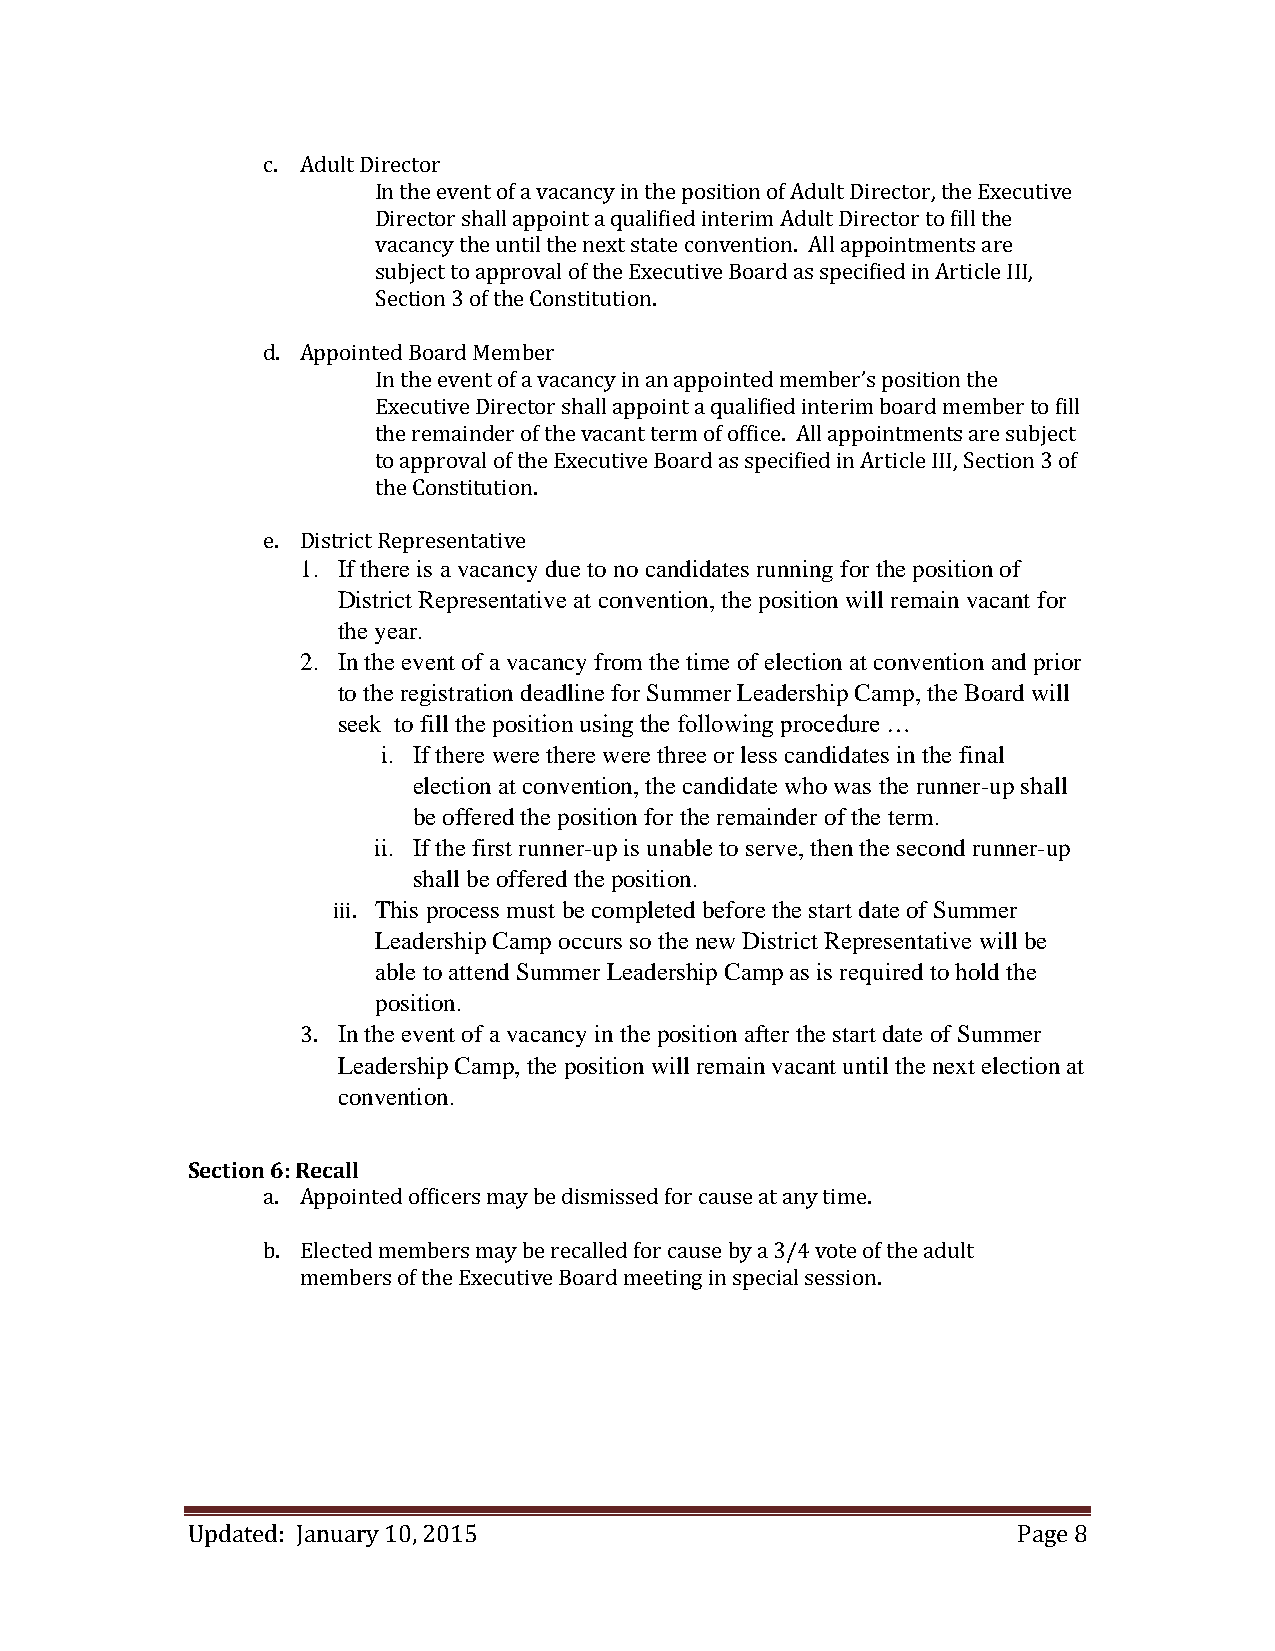
c. Adult Director
 In the event of a vacancy in the position of Adult Director, the Executive
 Director shall appoint a qualified interim Adult Director to fill the
 vacancy the until the next state convention. All appointments are
 subject to approval of the Executive Board as specified in Article III,
 Section 3 of the Constitution.
 d. Appointed Board Member
 In the event of a vacancy in an appointed member’s position the
 Executive Director shall appoint a qualified interim board member to fill
 the remainder of the vacant term of office. All appointments are subject
 to approval of the Executive Board as specified in Article III, Section 3 of
 the Constitution.
 e. District Representative
 1. If there is a vacancy due to no candidates running for the position of
 District Representative at convention, the position will remain vacant for
 the year.
 2. In the event of a vacancy from the time of election at convention and prior
 to the registration deadline for Summer Leadership Camp, the Board will
 seek to fill the position using the following procedure …
 i. If there were there were three or less candidates in the final
 election at convention, the candidate who was the runner-up shall
 be offered the position for the remainder of the term.
 ii. If the first runner-up is unable to serve, then the second runner-up
 shall be offered the position.
 iii. This process must be completed before the start date of Summer
 Leadership Camp occurs so the new District Representative will be
 able to attend Summer Leadership Camp as is required to hold the
 position.
 3. In the event of a vacancy in the position after the start date of Summer
 Leadership Camp, the position will remain vacant until the next election at
 convention.
 Section 6: Recall
 a. Appointed officers may be dismissed for cause at any time.
 b. Elected members may be recalled for cause by a 3/4 vote of the adult
 members of the Executive Board meeting in special session.
 Updated: January 10, 2015                              Page 8